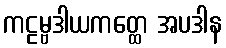
ကဠမ္ဗဒါယကတ္ထေ အပဒါန